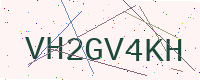
Text: VH2GV4KH